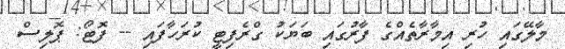
މާލޭގައި ހުރި އިމާރާތެއްގެ ފާރުގައި ބަޔަކު ގްރެފިޓީ ކުރަހާފައި -- ފޮޓޯ: ޕޮލިސް